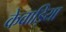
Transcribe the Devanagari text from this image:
केवाड़िया